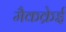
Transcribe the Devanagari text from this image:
मैकक्रेई